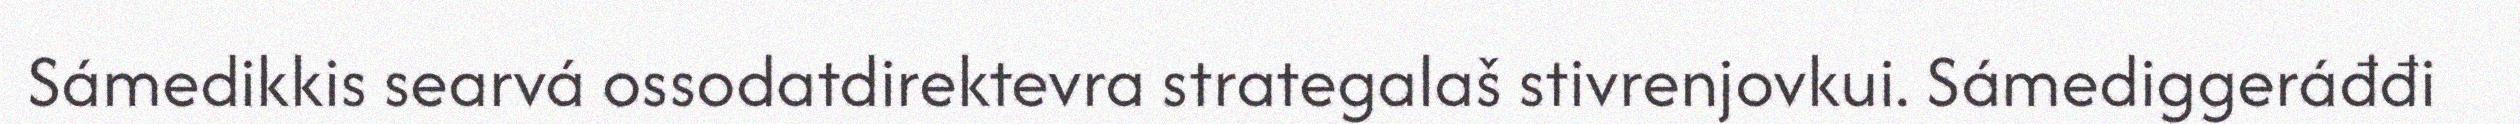
Sámedikkis searvá ossodatdirektevra strategalaš stivrenjovkui. Sámediggeráđđi